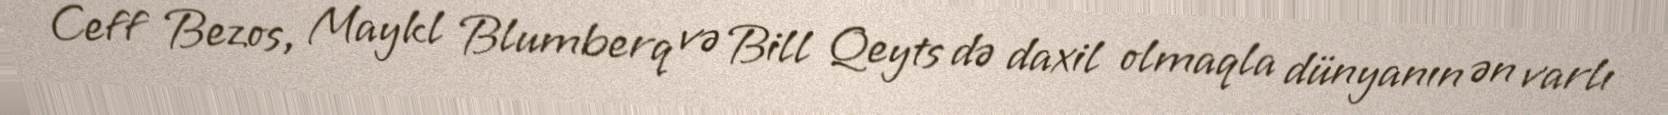
Ceff Bezos, Maykl Blumberq və Bill Qeyts də daxil olmaqla dünyanın ən varlı